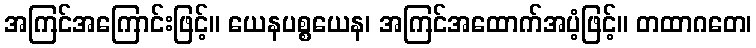
အကြင်အကြောင်းဖြင့်။ ယေနပစ္စယေန၊ အကြင်အထောက်အပံ့ဖြင့်။ တထာဂတေ၊